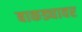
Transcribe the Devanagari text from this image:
बाकड्यावर